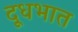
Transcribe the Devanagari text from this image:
दूधभात